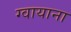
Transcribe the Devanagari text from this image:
ग्वायाना